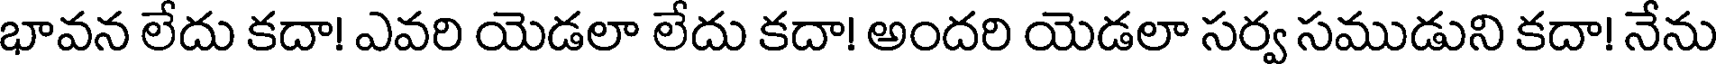
భావన లేదు కదా! ఎవరి యెడలా లేదు కదా! అందరి యెడలా సర్వ సముడుని కదా! నేను